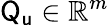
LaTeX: {\sf Q_{u}}\in\mathbb{R}^{m}